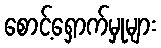
စောင့်ရှောက်မှုများ